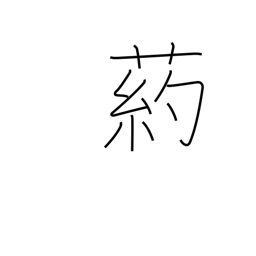
Meaning: type of tall grass